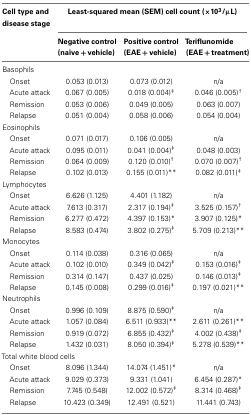
<table><thead><tr><td><b>Cell type and disease stage</b></td><td colspan="3"><b>Least-squared mean (SEM) cell count (×10<sup>3</sup>/μL)</b></td></tr><tr><td></td><td><b>Negative control (naïve + vehicle)</b></td><td><b>Positive control (EAE + vehicle)</b></td><td><b>Teriflunomide (EAE + treatment)</b></td></tr></thead><tbody><tr><td colspan="4">Basophils</td></tr><tr><td> Onset</td><td>0.053 (0.013)</td><td>0.073 (0.012)</td><td>n/a</td></tr><tr><td> Acute attack</td><td>0.067 (0.005)</td><td>0.018 (0.004)<sup>‡</sup></td><td>0.046 (0.005)<sup>†</sup></td></tr><tr><td> Remission</td><td>0.053 (0.006)</td><td>0.049 (0.005)</td><td>0.063 (0.007)</td></tr><tr><td> Relapse</td><td>0.051 (0.004)</td><td>0.058 (0.006)</td><td>0.054 (0.004)</td></tr><tr><td colspan="4">Eosinophils</td></tr><tr><td> Onset</td><td>0.071 (0.017)</td><td>0.106 (0.005)</td><td>n/a</td></tr><tr><td> Acute attack</td><td>0.095 (0.011)</td><td>0.041 (0.004)<sup>‡</sup></td><td>0.048 (0.003)</td></tr><tr><td> Remission</td><td>0.064 (0.009)</td><td>0.120 (0.010)<sup>†</sup></td><td>0.070 (0.007)<sup>†</sup></td></tr><tr><td> Relapse</td><td>0.102 (0.013)</td><td>0.155 (0.011)**</td><td>0.082 (0.011)<sup>‡</sup></td></tr><tr><td colspan="4">Lymphocytes</td></tr><tr><td> Onset</td><td>6.626 (1.125)</td><td>4.401 (1.182)</td><td>n/a</td></tr><tr><td> Acute attack</td><td>7.613 (0.317)</td><td>2.317 (0.194)<sup>‡</sup></td><td>3.525 (0.157)<sup>†</sup></td></tr><tr><td> Remission</td><td>6.277 (0.472)</td><td>4.397 (0.153)*</td><td>3.907 (0.125)*</td></tr><tr><td> Relapse</td><td>8.583 (0.474)</td><td>3.802 (0.275)<sup>‡</sup></td><td>5.709 (0.213)**</td></tr><tr><td colspan="4">Monocytes</td></tr><tr><td> Onset</td><td>0.114 (0.038)</td><td>0.316 (0.065)</td><td>n/a</td></tr><tr><td> Acute attack</td><td>0.102 (0.010)</td><td>0.349 (0.042)<sup>‡</sup></td><td>0.153 (0.016)<sup>‡</sup></td></tr><tr><td> Remission</td><td>0.314 (0.147)</td><td>0.437 (0.025)</td><td>0.146 (0.013)<sup>‡</sup></td></tr><tr><td> Relapse</td><td>0.145 (0.008)</td><td>0.299 (0.016)<sup>‡</sup></td><td>0.197 (0.021)**</td></tr><tr><td colspan="4">Neutrophils</td></tr><tr><td> Onset</td><td>0.996 (0.109)</td><td>8.875 (0.590)<sup>‡</sup></td><td>n/a</td></tr><tr><td> Acute attack</td><td>1.057 (0.084)</td><td>6.511 (0.933)**</td><td>2.611 (0.261)**</td></tr><tr><td> Remission</td><td>0.919 (0.072)</td><td>6.855 (0.432)<sup>‡</sup></td><td>4.002 (0.438)<sup>‡</sup></td></tr><tr><td> Relapse</td><td>1.432 (0.031)</td><td>8.050 (0.394)<sup>‡</sup></td><td>5.278 (0.539)**</td></tr><tr><td colspan="4">Total white blood cells</td></tr><tr><td> Onset</td><td>8.096 (1.344)</td><td>14.074 (1.451)*</td><td>n/a</td></tr><tr><td> Acute attack</td><td>9.029 (0.373)</td><td>9.331 (1.041)</td><td>6.454 (0.287)*</td></tr><tr><td> Remission</td><td>7.745 (0.548)</td><td>12.002 (0.572)<sup>‡</sup></td><td>8.314 (0.468)<sup>‡</sup></td></tr><tr><td> Relapse</td><td>10.423 (0.349)</td><td>12.491 (0.521)</td><td>11.441 (0.743)</td></tr></tbody></table>